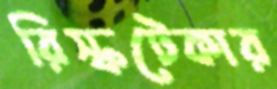
রিস্কটেকার